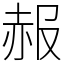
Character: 赧